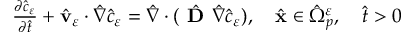
\begin{array} { r } { \frac { \partial { \hat { c } } _ { \varepsilon } } { \partial { \hat { t } } } + \hat { \mathbf v } _ { \varepsilon } \cdot { \hat { \nabla } } \hat { c } _ { \varepsilon } = { \hat { \nabla } } \cdot ( \hat { \textbf { D } } { \hat { \nabla } } \hat { c } _ { \varepsilon } ) , \quad \hat { \mathbf x } \in { \hat { \Omega } } _ { p } ^ { \varepsilon } , \quad \hat { t } > 0 } \end{array}